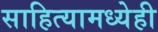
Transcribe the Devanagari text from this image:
साहित्यामध्येही